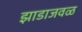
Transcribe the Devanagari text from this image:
झाडाजवळ